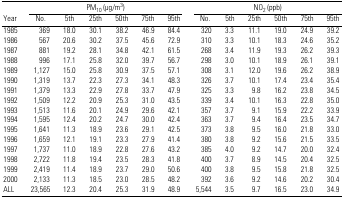
<table><thead><tr><td></td><td colspan="6"><b>PM<sub>10</sub> (μg/m<sup>3</sup>)</b></td><td colspan="6"><b>NO<sub>2</sub> (ppb)</b></td></tr><tr><td><b>Year</b></td><td><b>No.</b></td><td><b>5th</b></td><td><b>25th</b></td><td><b>50th</b></td><td><b>75th</b></td><td><b>95th</b></td><td><b>No.</b></td><td><b>5th</b></td><td><b>25th</b></td><td><b>50th</b></td><td><b>75th</b></td><td><b>95th</b></td></tr></thead><tbody><tr><td>1985</td><td>369</td><td>18.0</td><td>30.1</td><td>38.2</td><td>46.9</td><td>84.4</td><td>320</td><td>3.3</td><td>11.1</td><td>19.0</td><td>24.9</td><td>39.2</td></tr><tr><td>1986</td><td>567</td><td>20.6</td><td>30.2</td><td>37.5</td><td>45.6</td><td>72.9</td><td>310</td><td>3.3</td><td>10.1</td><td>18.3</td><td>24.6</td><td>35.2</td></tr><tr><td>1987</td><td>881</td><td>19.2</td><td>28.1</td><td>34.8</td><td>42.1</td><td>61.5</td><td>268</td><td>3.4</td><td>11.9</td><td>19.3</td><td>26.2</td><td>39.3</td></tr><tr><td>1988</td><td>996</td><td>17.1</td><td>25.8</td><td>32.0</td><td>39.7</td><td>56.7</td><td>298</td><td>3.0</td><td>10.1</td><td>18.9</td><td>26.1</td><td>39.1</td></tr><tr><td>1989</td><td>1,127</td><td>15.0</td><td>25.8</td><td>30.9</td><td>37.5</td><td>57.1</td><td>308</td><td>3.1</td><td>12.0</td><td>19.6</td><td>26.2</td><td>38.9</td></tr><tr><td>1990</td><td>1,319</td><td>13.7</td><td>22.3</td><td>27.3</td><td>34.1</td><td>48.3</td><td>326</td><td>3.7</td><td>10.1</td><td>17.4</td><td>23.4</td><td>35.4</td></tr><tr><td>1991</td><td>1,379</td><td>13.3</td><td>22.9</td><td>27.8</td><td>33.7</td><td>47.9</td><td>325</td><td>3.3</td><td>9.8</td><td>16.2</td><td>23.8</td><td>34.5</td></tr><tr><td>1992</td><td>1,509</td><td>12.2</td><td>20.9</td><td>25.3</td><td>31.0</td><td>43.5</td><td>339</td><td>3.4</td><td>10.1</td><td>16.3</td><td>22.8</td><td>35.0</td></tr><tr><td>1993</td><td>1,513</td><td>11.6</td><td>20.1</td><td>24.9</td><td>29.6</td><td>42.1</td><td>357</td><td>3.7</td><td>9.1</td><td>15.9</td><td>22.2</td><td>33.9</td></tr><tr><td>1994</td><td>1,595</td><td>12.4</td><td>20.2</td><td>24.7</td><td>30.0</td><td>42.4</td><td>363</td><td>3.7</td><td>9.4</td><td>16.4</td><td>23.5</td><td>34.7</td></tr><tr><td>1995</td><td>1,641</td><td>11.3</td><td>18.9</td><td>23.6</td><td>29.1</td><td>42.5</td><td>373</td><td>3.8</td><td>9.5</td><td>16.0</td><td>21.8</td><td>33.0</td></tr><tr><td>1996</td><td>1,659</td><td>12.1</td><td>19.1</td><td>23.3</td><td>27.9</td><td>41.4</td><td>380</td><td>3.8</td><td>9.2</td><td>15.6</td><td>21.5</td><td>33.5</td></tr><tr><td>1997</td><td>1,737</td><td>11.0</td><td>18.9</td><td>22.8</td><td>27.6</td><td>43.2</td><td>385</td><td>4.0</td><td>9.2</td><td>14.7</td><td>20.0</td><td>32.4</td></tr><tr><td>1998</td><td>2,722</td><td>11.8</td><td>19.4</td><td>23.5</td><td>28.3</td><td>41.8</td><td>400</td><td>3.7</td><td>8.9</td><td>14.5</td><td>20.4</td><td>32.5</td></tr><tr><td>1999</td><td>2,419</td><td>11.4</td><td>18.9</td><td>23.7</td><td>29.0</td><td>50.6</td><td>400</td><td>3.8</td><td>9.5</td><td>15.8</td><td>21.8</td><td>32.5</td></tr><tr><td>2000</td><td>2,133</td><td>11.3</td><td>18.5</td><td>23.0</td><td>28.5</td><td>48.2</td><td>392</td><td>3.6</td><td>9.2</td><td>14.6</td><td>20.2</td><td>30.4</td></tr><tr><td>ALL</td><td>23,565</td><td>12.3</td><td>20.4</td><td>25.3</td><td>31.9</td><td>48.9</td><td>5,544</td><td>3.5</td><td>9.7</td><td>16.5</td><td>23.0</td><td>34.9</td></tr></tbody></table>